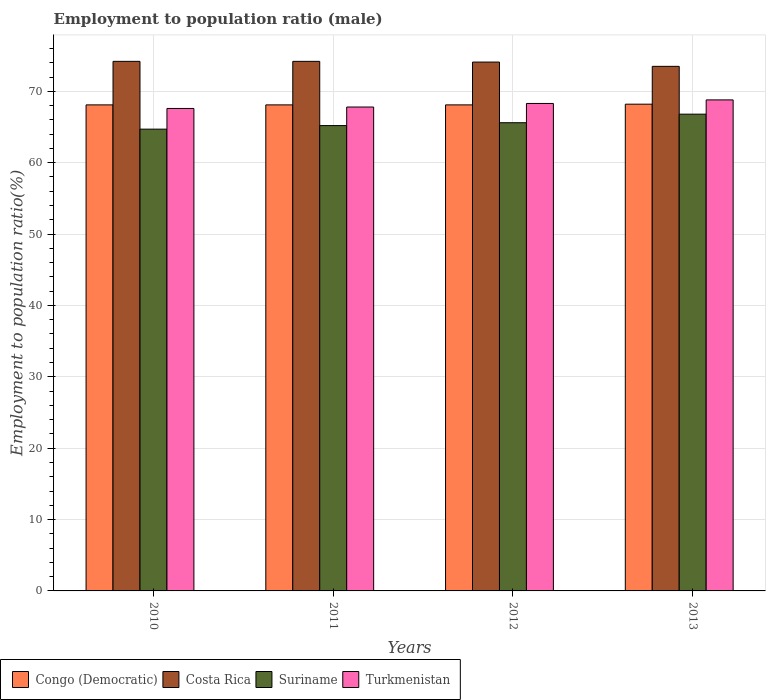
| Years | Congo (Democratic) | Costa Rica | Suriname | Turkmenistan |
 | --- | --- | --- | --- | --- |
 | 2010 | 68.1 | 74.2 | 64.7 | 67.6 |
 | 2011 | 68.1 | 74.2 | 65.2 | 67.8 |
 | 2012 | 68.1 | 74.1 | 65.6 | 68.3 |
 | 2013 | 68.2 | 73.5 | 66.8 | 68.8 |